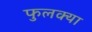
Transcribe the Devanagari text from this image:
फुलक्या